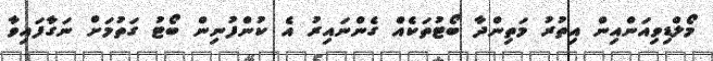
މޯލްޑިވިއަންއިން އިތުރު މަތިންދާ ބޯޓުތަކެއް ގެންނައިރު އެ ކުންފުނިން ބޯޓު ގަތުމަށް ނަގާފައިވާ